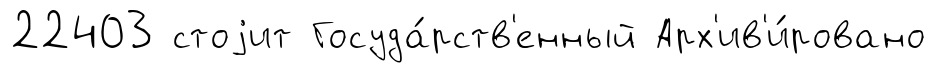
22403 стоjит Госуда́рств'енный Арх'ив'и́ровано